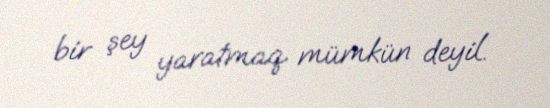
bir şey yaratmaq mümkün deyil.